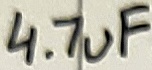
Text: 4.7uF